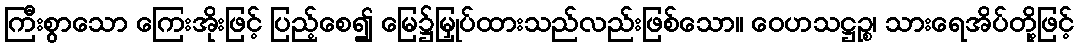
ကြီးစွာသော ကြေးအိုးဖြင့် ပြည့်စေ၍ မြေ၌မြှုပ်ထားသည်လည်းဖြစ်သော။ ဝေဟသဋ္ဌဉ္စ၊ သားရေအိပ်တို့ဖြင့်